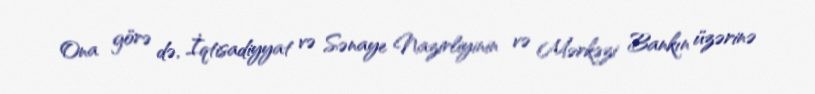
Ona görə də, İqtisadiyyat və Sənaye Nazirliyinin və Mərkəzi Bankın üzərinə